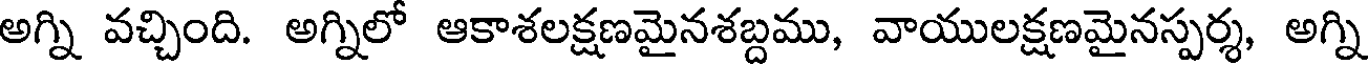
అగ్ని వచ్చింది. అగ్నిలో ఆకాశలక్షణమైనశబ్దము, వాయులక్షణమైనస్పర్శ, అగ్ని